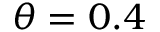
\theta = 0 . 4